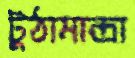
টুঠামান্দ্রা